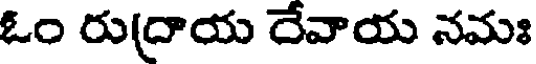
ఓం రుద్రాయ దేవాయ నమః